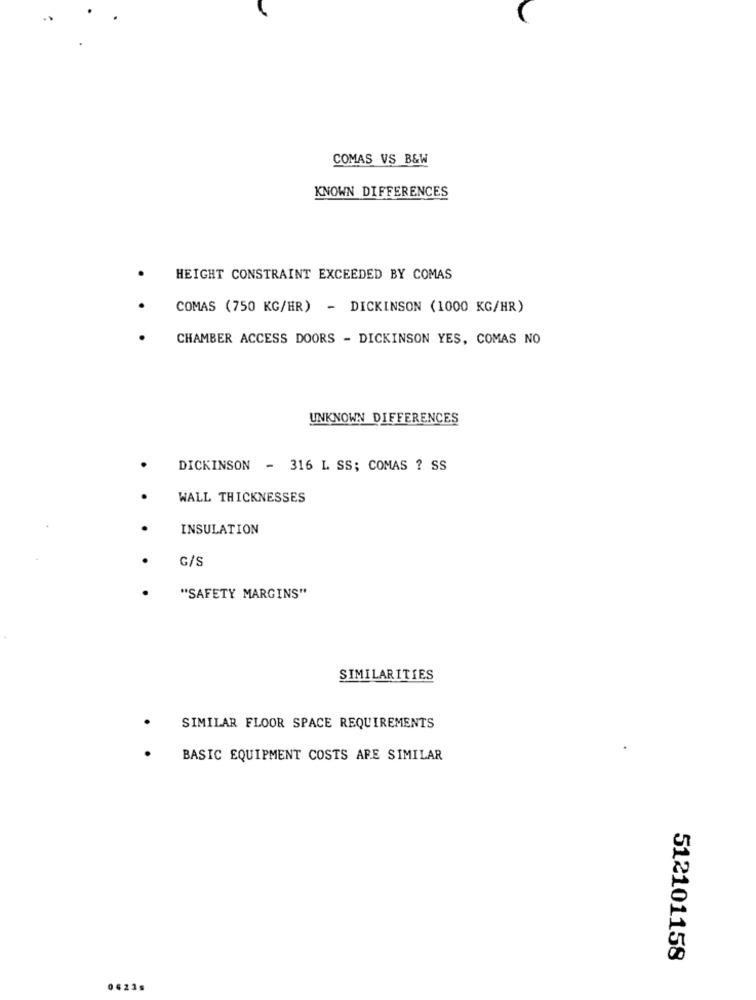
COMAS VS B&W
KNOWN DIFFERENCES
HEIGHT CONSTRAINT EXCEEDED BY COMAS
COMAS (750 KG/HR) - DICKINSON (1000 KG/HR)
CHAMBER ACCESS DOORS - DICKINSON YES, COMAS NO
UNKNOWN DIFFERENCES
DICKINSON - 316 L SS; COMAS ? SS
WALL THICKNESSES
INSULATION
G/S
"SAFETY MARGINS"
SIMILARITIES
SIMILAR FLOOR SPACE REQUIREMENTS
BASIC EQUIPMENT COSTS ARE SIMILAR
512101158
0623s